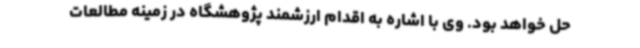
حل خواهد بود. وی با اشاره به اقدام ارزشمند پژوهشگاه در زمینه مطالعات